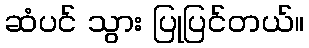
ဆံပင် သွား ပြုပြင်တယ်။